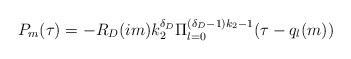
\begin{align*} P_{m}(\tau) = -R_{D}(im)k_{2}^{\delta_D}\Pi_{l=0}^{(\delta_{D}-1)k_{2}-1} (\tau - q_{l}(m)) \end{align*}